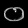
Digit: ၀